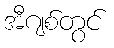
အီဂျစ်တွင်